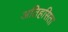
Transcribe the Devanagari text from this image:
अतिहसिता